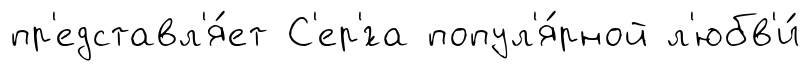
пр'едставл'я́ет С'ер'́га попул'я́рной л'юбв'и́